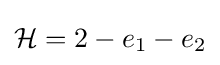
{\mathcal {H}}=2-e_{1}-e_{2}